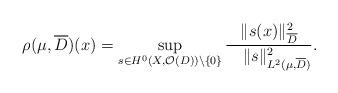
LaTeX: \begin{align*}\rho(\mu,\overline{D})(x)=\sup_{s\in H^0(X,\mathcal{O}(D))\setminus\{0\}}\frac{\|s(x)\|_{\overline{D}}^2}{\quad\|s\|_{L^2(\mu, \overline{D})}^2}.\end{align*}